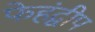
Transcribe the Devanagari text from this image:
फेहंद्वीप